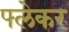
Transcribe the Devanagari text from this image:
फ्लेकर